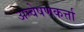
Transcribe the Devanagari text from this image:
अन्वेषणकर्त्ता